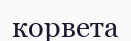
корвета